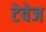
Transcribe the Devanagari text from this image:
टेवेज